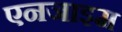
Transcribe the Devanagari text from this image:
एनजाइम